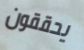
يحققون